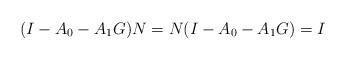
LaTeX: \begin{align*}(I-A_0-A_1 G)N=N(I-A_0-A_1 G)=I\end{align*}